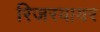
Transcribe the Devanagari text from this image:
रिजरवायर